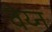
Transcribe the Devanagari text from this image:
वेय्न